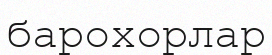
барохорлар